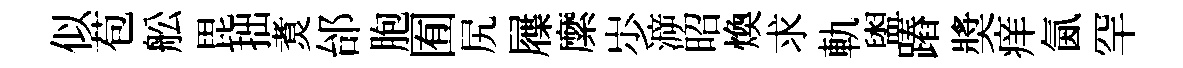
似苞舩毘拙煑邰胞囿尻屧縻𡵯㴑昭煥求軌盥蹖奬痒氤罕